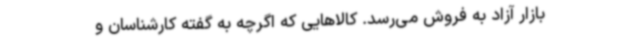
بازار آزاد به فروش می‌رسد. کالاهایی که اگرچه به گفته کارشناسان و